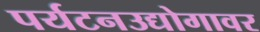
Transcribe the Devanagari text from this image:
पर्यटनउद्योगावर